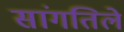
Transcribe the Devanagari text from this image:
सांगतिले